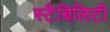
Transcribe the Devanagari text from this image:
स्टैबिलिटी